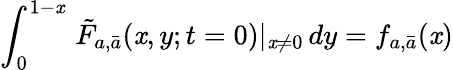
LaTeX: \int_{0}^{1-\mathit{x}}\, \tilde{{F}}_{a,\bar{{a}}}(\mathit{x},y;t=0)|_{\mathit{x}\neq0}\, dy=f_{a,\bar{{a}}}(\mathit{x})